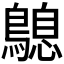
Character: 𪄛